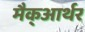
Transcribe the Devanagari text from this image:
मैक्‌आर्थर